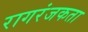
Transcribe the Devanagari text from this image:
रागरंजकता